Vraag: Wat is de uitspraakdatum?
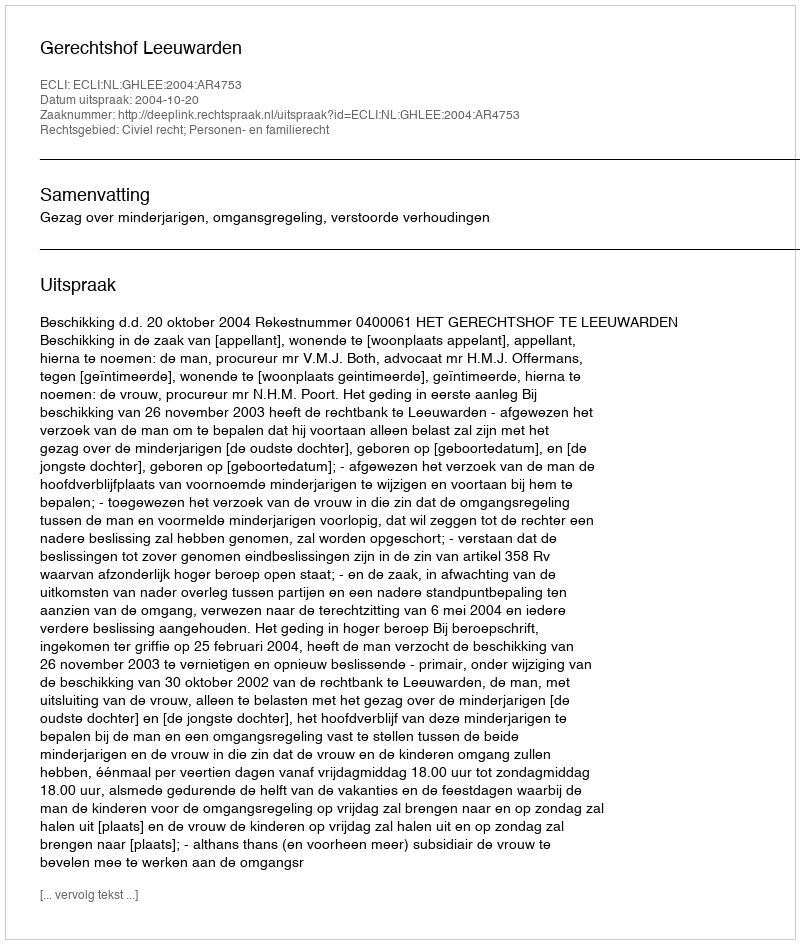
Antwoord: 2004-10-20